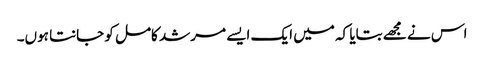
اس نے مجھے بتایا کہ میں ایک ایسے مرشد کامل کو جانتا ہوں۔